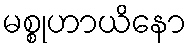
မစ္စုဟာယိနော